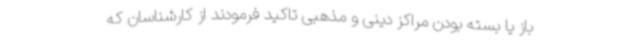
باز یا بسته بودن مراکز دینی و مذهبی تاکید فرمودند از کارشناسان که